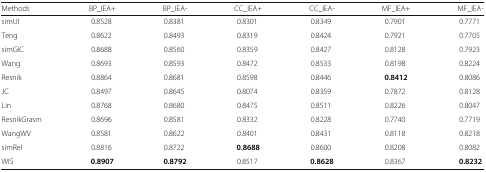
| Methods | BP_IEA+ | BP_IEA- | CC_IEA+ | CC_IEA- | MF_IEA+ | MF_IEA- |
 | --- | --- | --- | --- | --- | --- | --- |
 | simUI | 0.8528 | 0.8381 | 0.8301 | 0.8349 | 0.7901 | 0.7771 |
 | Teng | 0.8622 | 0.8493 | 0.8319 | 0.8424 | 0.7921 | 0.7705 |
 | simGIC | 0.8688 | 0.8560 | 0.8359 | 0.8427 | 0.8128 | 0.7923 |
 | Wang | 0.8693 | 0.8593 | 0.8472 | 0.8533 | 0.8198 | 0.8224 |
 | Resnik | 0.8864 | 0.8681 | 0.8598 | 0.8446 | 0.8412 | 0.8086 |
 | JC | 0.8497 | 0.8645 | 0.8074 | 0.8359 | 0.7872 | 0.8128 |
 | Lin | 0.8768 | 0.8680 | 0.8475 | 0.8511 | 0.8226 | 0.8047 |
 | ResnikGrasm | 0.8696 | 0.8581 | 0.8332 | 0.8228 | 0.7740 | 0.7719 |
 | WangWV | 0.8581 | 0.8622 | 0.8401 | 0.8431 | 0.8118 | 0.8218 |
 | simRel | 0.8816 | 0.8722 | 0.8688 | 0.8600 | 0.8208 | 0.8082 |
 | WIS | 0.8907 | 0.8792 | 0.8517 | 0.8628 | 0.8367 | 0.8232 |